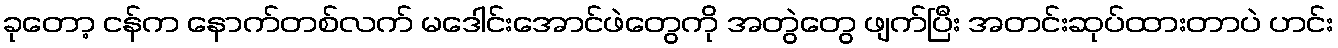
ခုတော့ ငန်က နောက်တစ်လက် မဒေါင်းအောင်ဖဲတွေကို အတွဲတွေ ဖျက်ပြီး အတင်းဆုပ်ထားတာပဲ ဟင်း